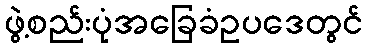
ဖွဲ့စည်းပုံအခြေခံဥပဒေတွင်